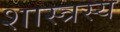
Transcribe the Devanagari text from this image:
शास्त्रस्य